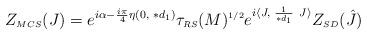
LaTeX: \begin{align*}Z_{\scriptscriptstyle MCS} (J) = e^{i \alpha - \frac{i\pi}{4} \eta (0, \hskip 3pt \ast d_{\scriptscriptstyle 1})}\tau_{\scriptscriptstyle RS}(M)^{\scriptscriptstyle 1/2}e^{i \langle J, \hskip 3pt \frac{1}{\ast d_{\scriptscriptstyle 1}} \hskip4pt J \rangle}Z_{\scriptscriptstyle SD} (\hat{J})\end{align*}